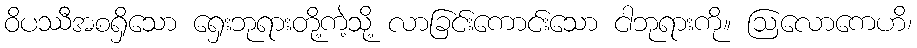
ဝိပဿီအစရှိသော ရှေးဘုရားတို့ကဲ့သို့ လာခြင်းကောင်းသော ငါဘုရားကို။ ဩလောကေဟိ၊